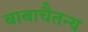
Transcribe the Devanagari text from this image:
बाबाचैतन्य